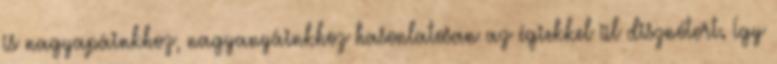
is nagyapáinkhoz, nagyanyáinkhoz hasonlatosan az égiekkel ül disznótort. Így